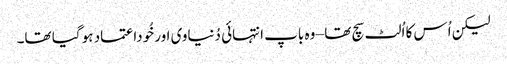
لیکن اُس کا اُلٹ سچ تھا – وہ باپ انتہائی دُنیاوی اور خُوداعتماد ہو گیا تھا۔